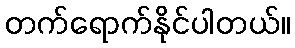
တက်ရောက်နိုင်ပါတယ်။